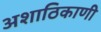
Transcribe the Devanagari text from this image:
अशाठिकाणी